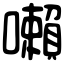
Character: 𡃤